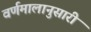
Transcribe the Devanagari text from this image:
वर्णमालानुसारी